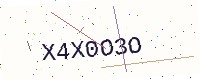
Text: X4X0O3O